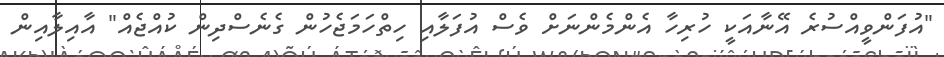
"އުފަންވީއްސުރެ އޭނާއަކީ ހުރިހާ އެންމެންނަށް ވެސް އުފަލާއި ހިތްހަމަޖެހުން ގެނެސްދިން ކުއްޖެއް" އާއިލާއިން